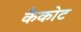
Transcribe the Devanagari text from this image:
कैकोट